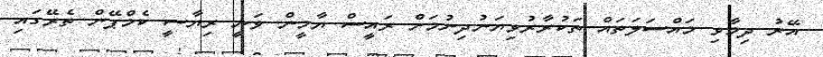
އޭރު ދިމާވި މައްސަލަތައް ތަކުރާރުވިޔަނުދިނުމަށް ރައީސް ޔާމީން ވަނީ ރިޔާސީ ކެމްޕޭން ތެރޭގައި